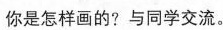
你是怎样画的?与同学交流。